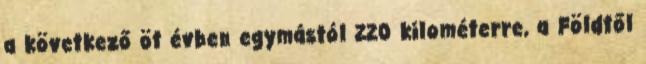
a következő öt évben egymástól 220 kilométerre, a Földtől